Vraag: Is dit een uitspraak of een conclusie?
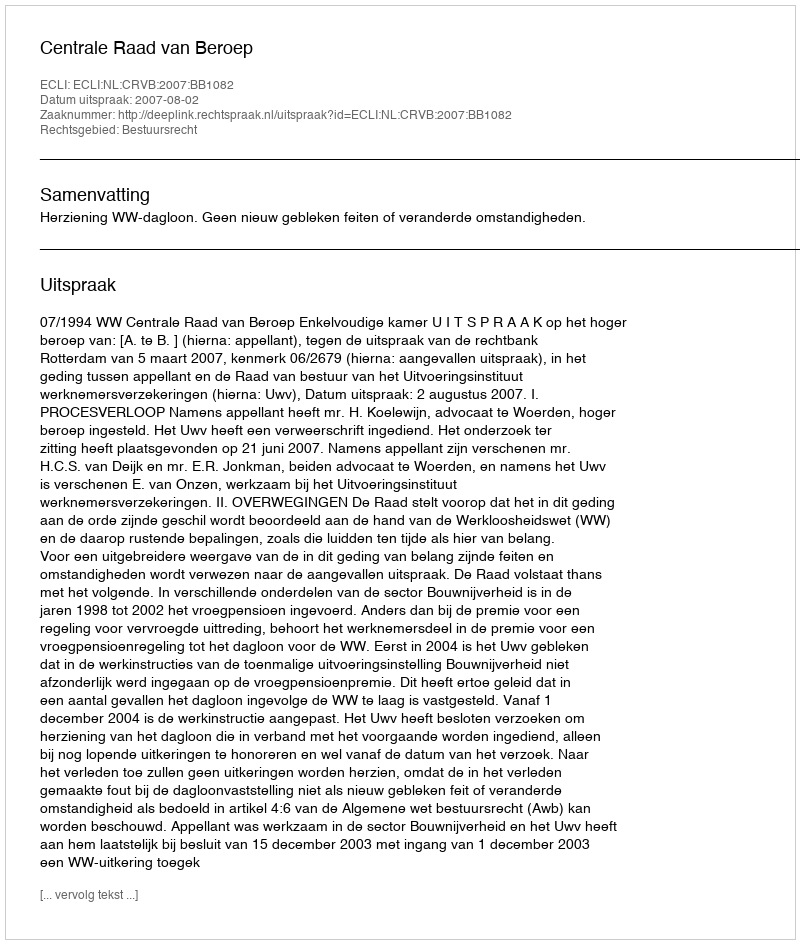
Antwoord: Uitspraak